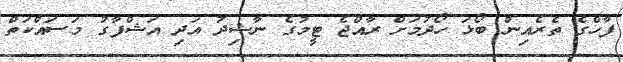
ފާހްގެ ތެރެއިން ބޯޅަ ހޯދުމަށް ރާއްޖެ ޓީމުގެ ނާޝިދު އަދި އަޝްފާގު މަސައްކަތް